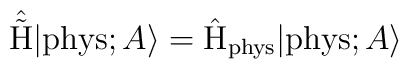
\hat{\tilde{\rm H}} |{\rm phys};A \rangle =\hat{\rm H}_{\rm phys} |{\rm phys};A \rangle